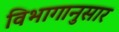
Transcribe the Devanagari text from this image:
विभागानुसार